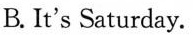
B. It's Saturday.